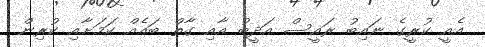
އެއީ ކުރީގެ ނައިބު ރައީސް އަދީބު އާއި ގާތް ބައެއް ކަމަށާއި ކުރިން